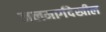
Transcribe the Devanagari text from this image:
जलमार्गदेखील